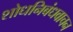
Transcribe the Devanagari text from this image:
शोधनिबंधवाचन